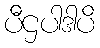
ပီဌပါဒါပိ